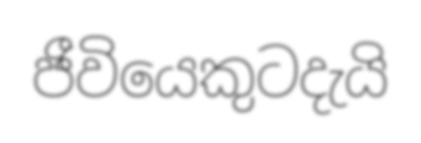
ජීවියෙකුටදැයි